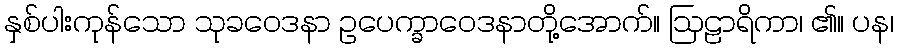
နှစ်ပါးကုန်သော သုခဝေဒနာ ဥပေက္ခာဝေဒနာတို့အောက်။ ဩဠာရိကာ၊ ၏။ ပန၊